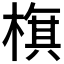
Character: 𣗍